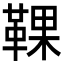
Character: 𩋗